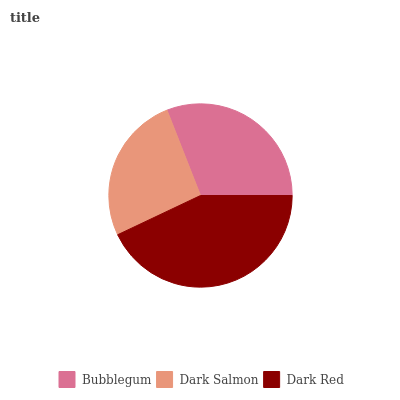
| Bubblegum | Dark Salmon | Dark Red |
 | --- | --- | --- |
 | 30.9% | 26.1% | 43% |